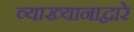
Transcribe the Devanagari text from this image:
व्याख्यानाद्वारे